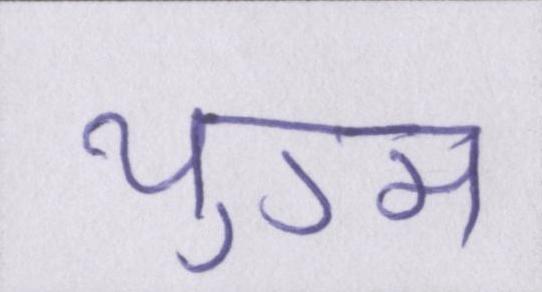
युग्म